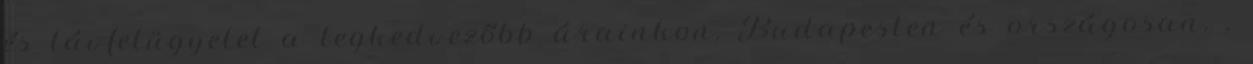
és távfelügyelet a legkedvezőbb árainkon, Budapesten és országosan. .